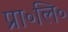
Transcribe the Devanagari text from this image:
प्रा॰लि॰